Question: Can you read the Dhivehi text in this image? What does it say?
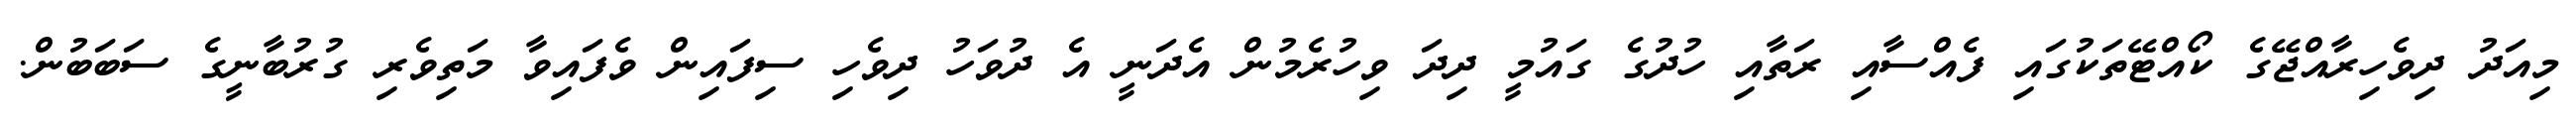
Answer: މިއަދު ދިވެހިރާއްޖޭގެ ކޯއްޓޭތަކުގައި ފެއްސާއި ރަތާއި ހުދުގެ ގައުމީ ދިދަ ވިހުރެމުން އެދަނީ އެ ދުވަހު ދިވެހި ސިފައިން ވެފައިވާ މަތިވެރި ގުރުބާނީގެ ސަބަބުން.